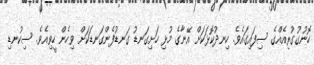
ހޮނުގުގުރިއެއްގެ ސިފައިގައެވެ. ހިނދުކޮޅަކަށް އޭނާގެ މުޅި ހަށިގަނޑު ގަނޑުފެންގަނޑަކަށް ވިހެން ހީވިއެވެ. ސިކުނޑި